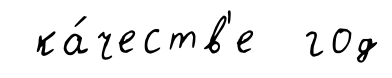
ка́честв'е год